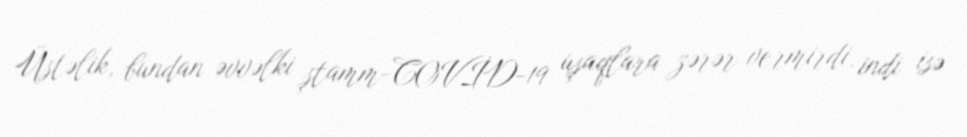
Üstəlik, bundan əvvəlki ştamm-COVİD-19 uşaqlara zərər vermirdi, indi isə